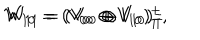
LaTeX: W _ { 1 0 } = ( V _ { 0 0 } \oplus V _ { 1 0 } ) _ { T } ^ { + } , \hspace { 1 c m } W _ { 1 1 } = ( V _ { 0 0 } \oplus V _ { 1 0 } ) _ { T } ^ { - }